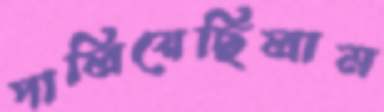
পালিয়েছিলাম